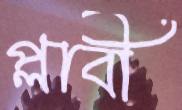
প্লাবী